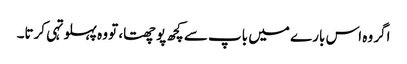
اگر وہ اس بارے میں باپ سے کچھ پوچھتا، تو وہ پہلو تہی کرتا۔